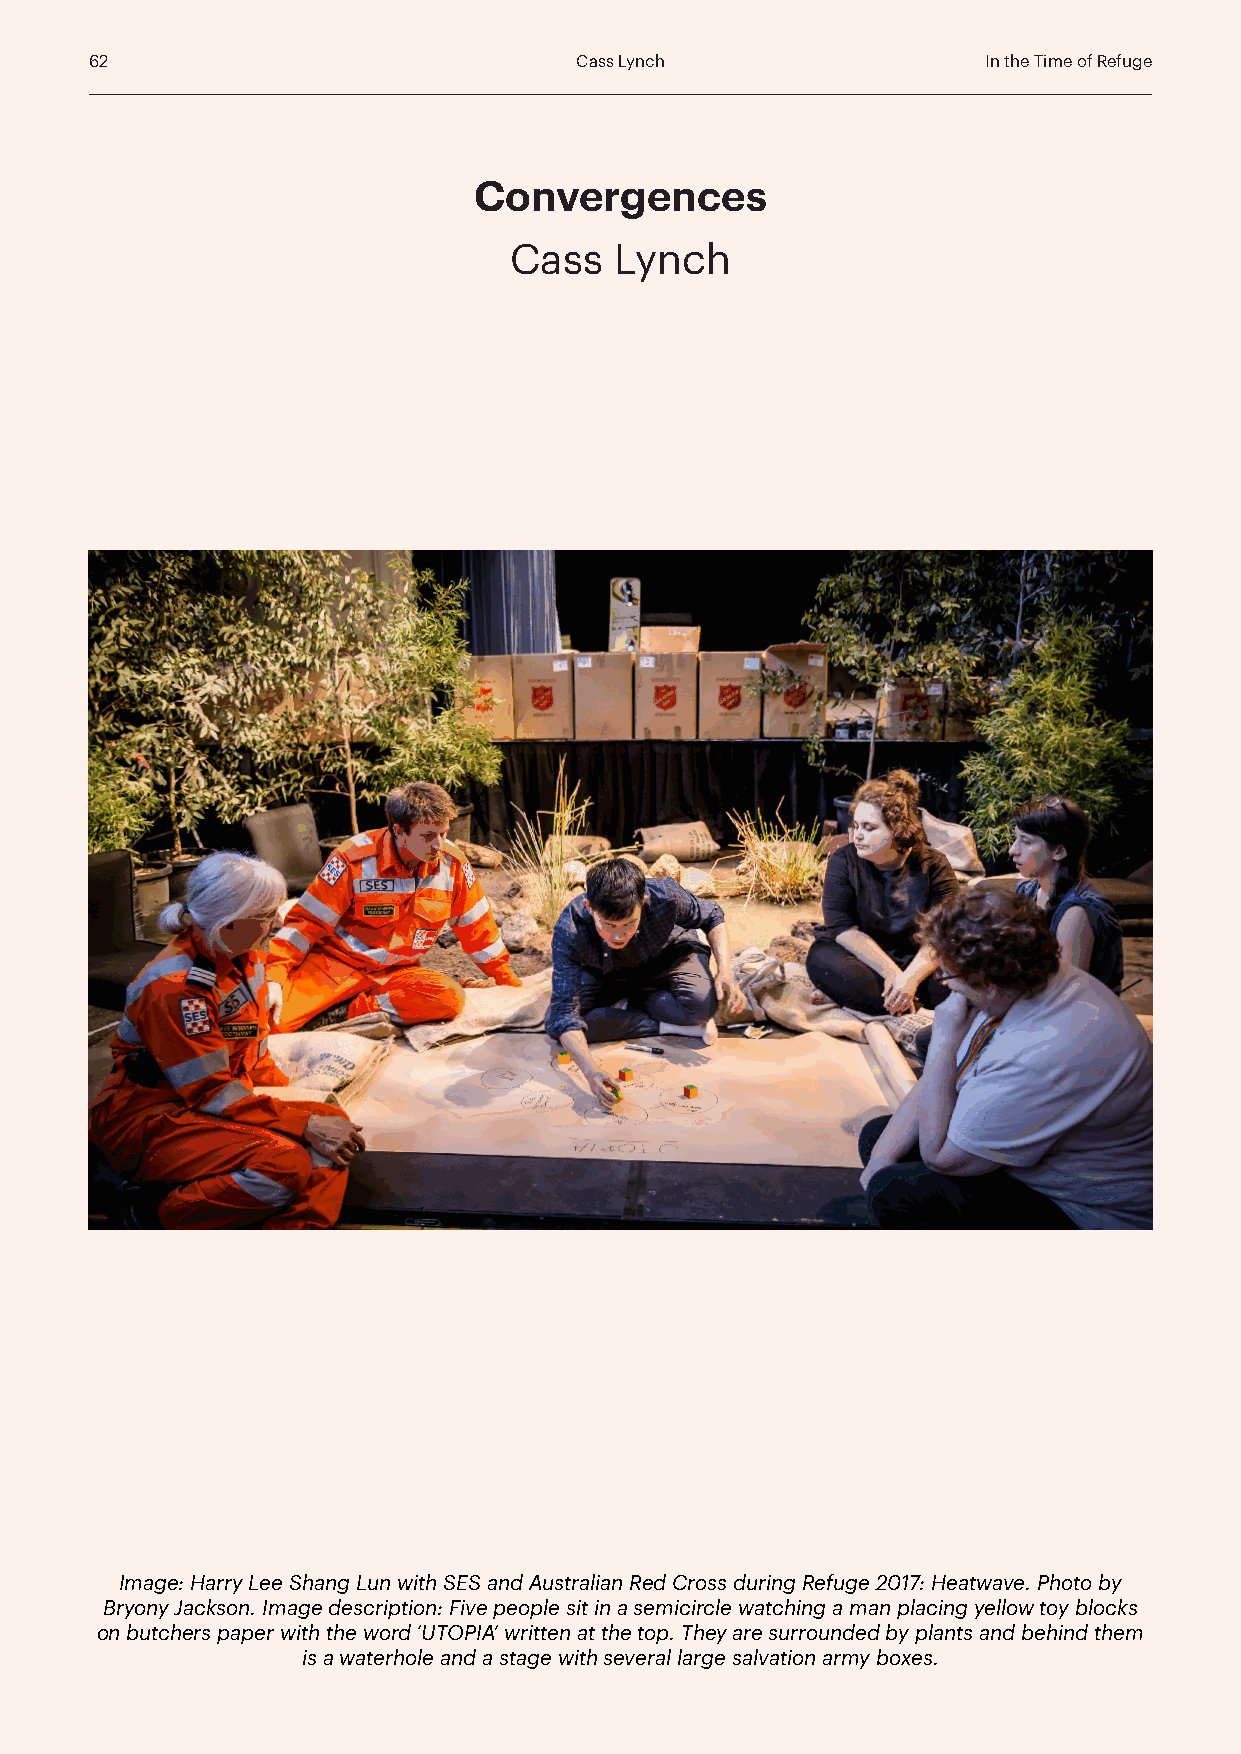
62                              Cass Lynch                 In the Time of Refuge
 Convergences
 Cass   Lynch
 Image: Harry Lee Shang Lun with SES and Australian Red Cross during Refuge 2017: Heatwave. Photo by
 Bryony Jackson. Image description: Five people sit in a semicircle watching a man placing yellow toy blocks
 on butchers paper with the word ‘UTOPIA’ written at the top. They are surrounded by plants and behind them
 is a waterhole and a stage with several large salvation army boxes.